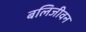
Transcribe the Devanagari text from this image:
बलिजीवन